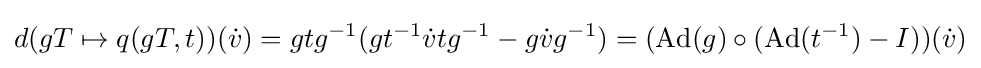
d(gT\mapsto q(gT,t))({\dot {v}})=gtg^{-1}(gt^{-1}{\dot {v}}tg^{-1}-g{\dot {v}}g^{-1})=(\operatorname {Ad} (g)\circ (\operatorname {Ad} (t^{-1})-I))({\dot {v}})